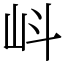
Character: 㞳